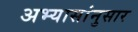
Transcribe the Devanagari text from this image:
अभ्यासांनुसार